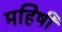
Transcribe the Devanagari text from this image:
महिषीं